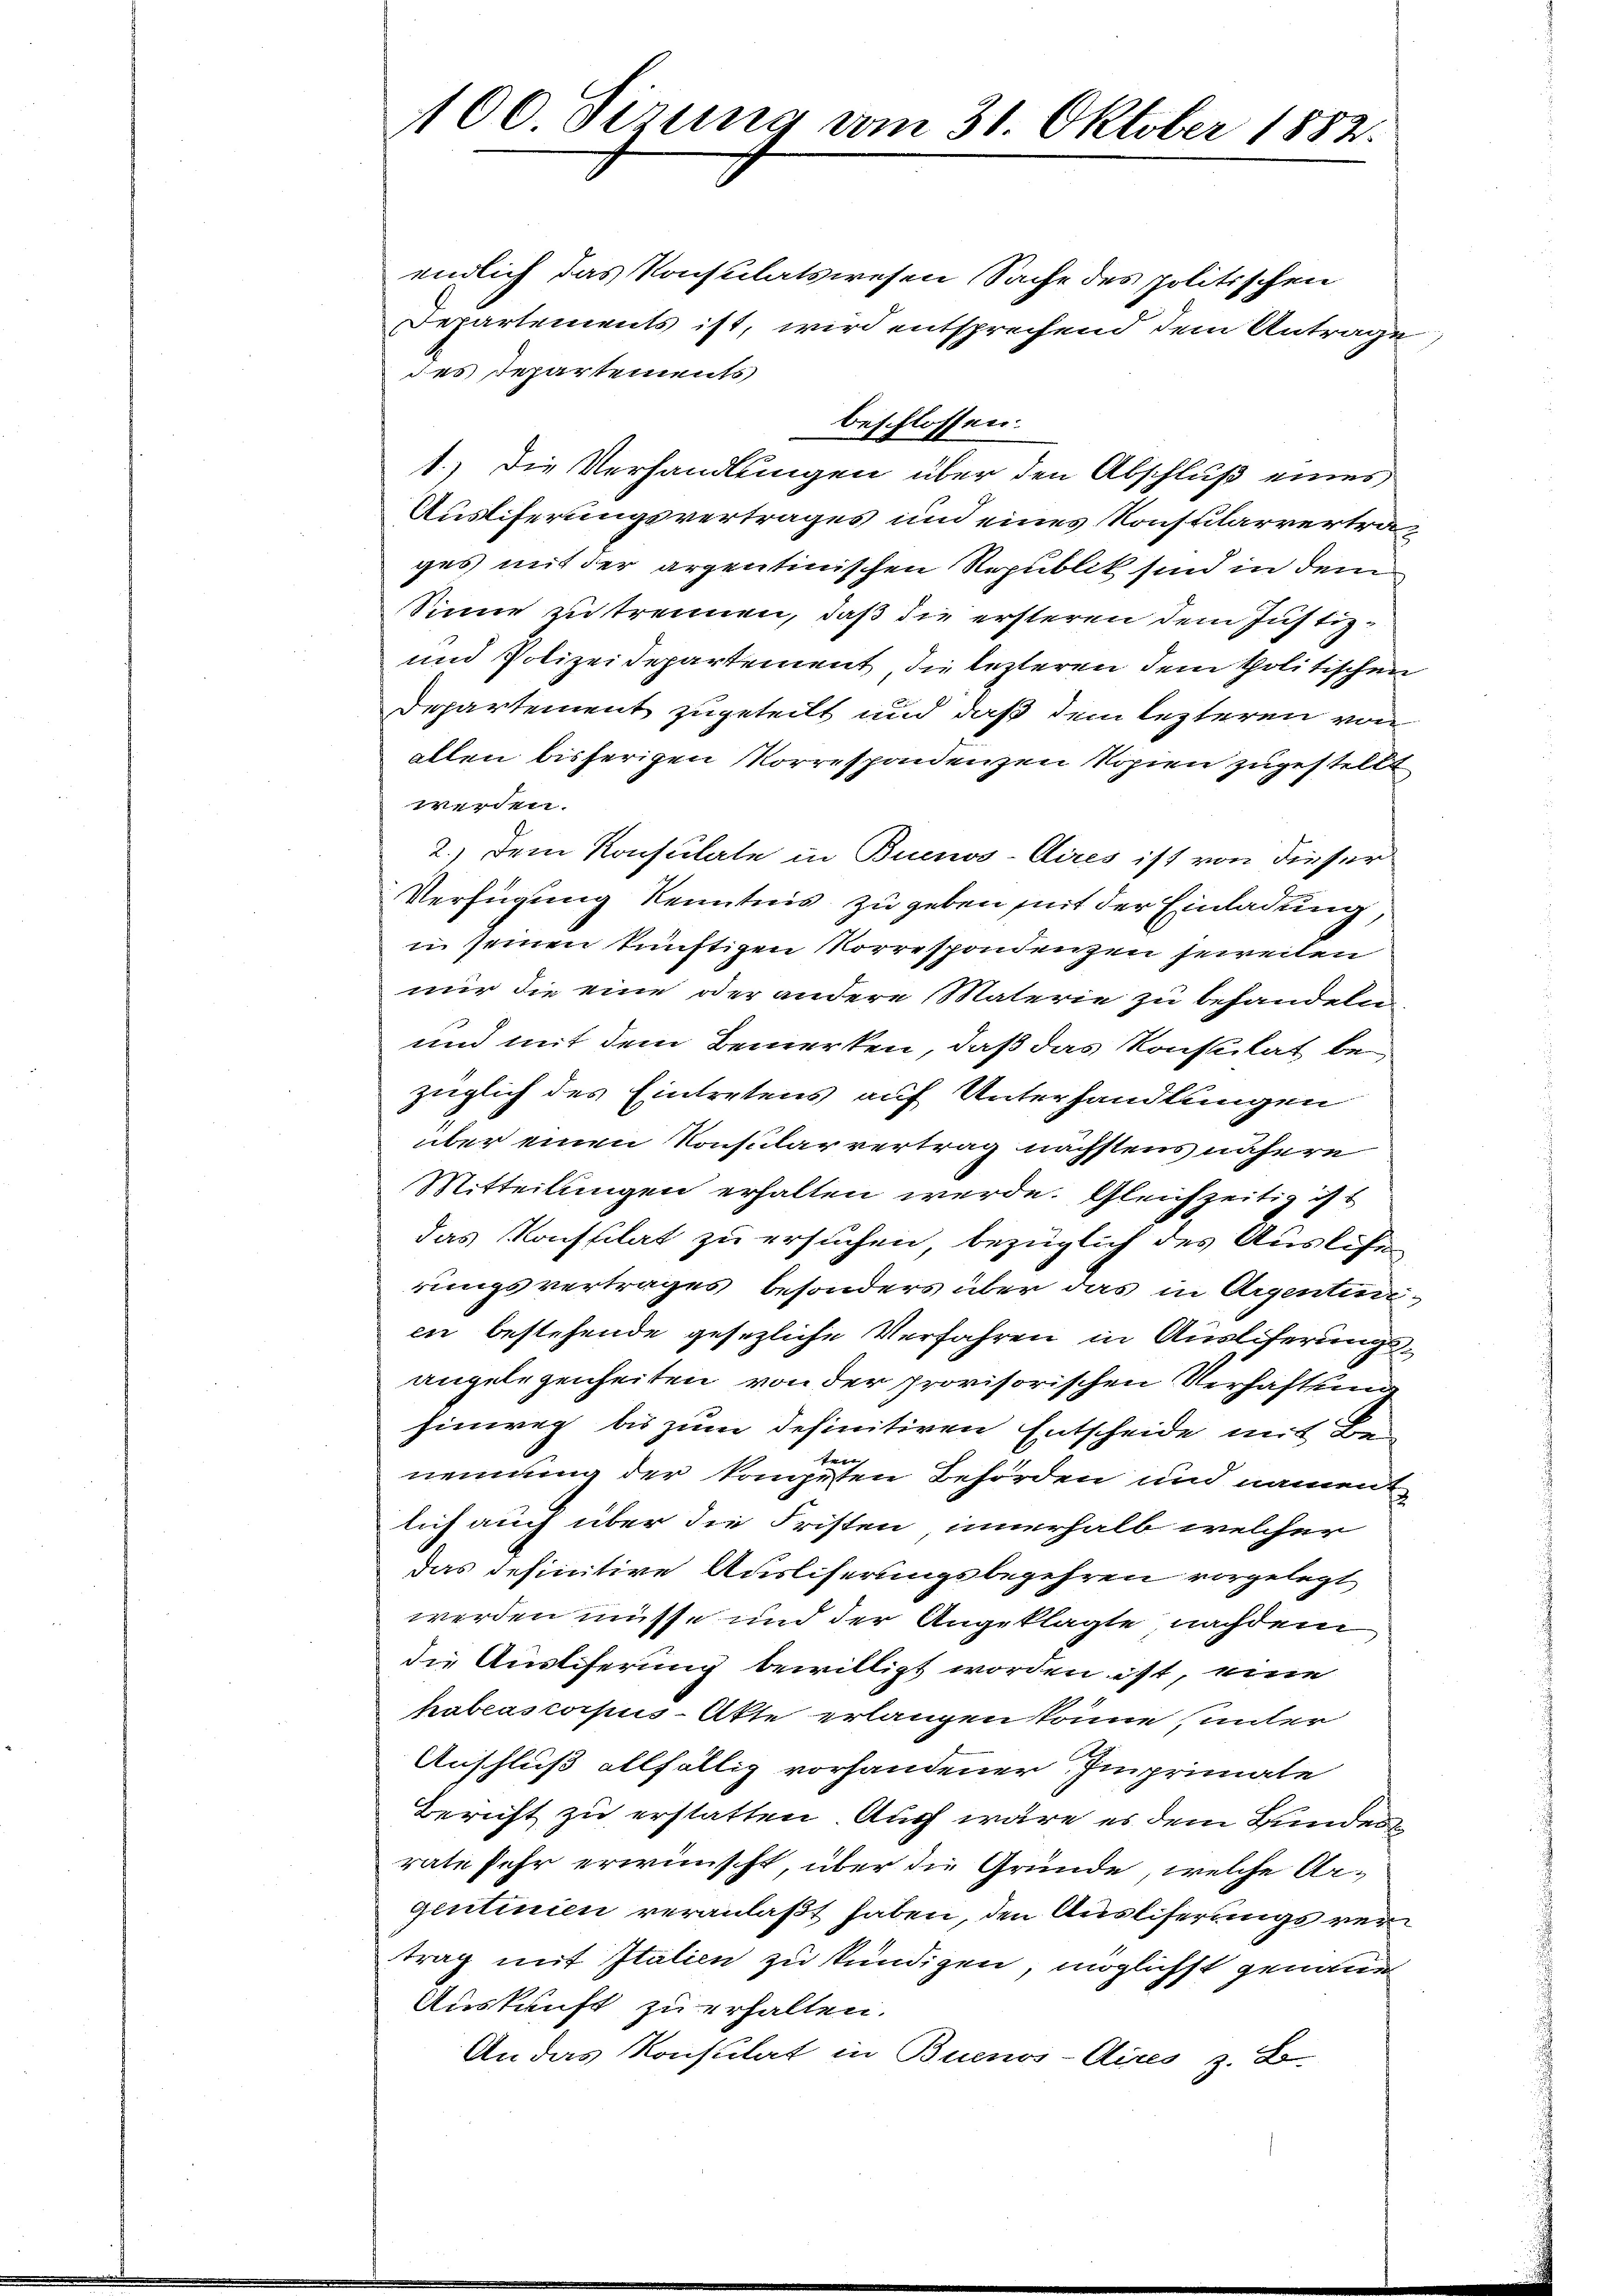
100. Sizung vom 31. Oktober 1882.

eilich das Konsulatswesen Sache des politischen
Departements ist, wird entsprechend dem Antrage
des Departements
beschlossen:
1.) Die Verhandlungen über den Abschluß eines
Ausliferungsvertrages und eines Konsularvertrages mit der argentinischen Republik sind in dem
Sinne zu trennen, daß die ersteren dem Justiz¬
und Polizeidepartement, die lezteren dem politischen
Departement zugeteilt und daß dem lezteren von
allen bisherigen Korrespondenzen Kopien zugestellt
werden.
2.) Dem Konsulate in Buenos-Aires ist von dieser
Verfügung Kenntnis zu geben mit der Einladung
i seinen künftigen Korrespondenzen jeweilen
nir die eine oder andere Materie zu behandeln
und mit dem Bemerken, daß das Konsulat bezüglich des Eintretens auf Unterhandlungen
über einen Konsularvertrag nächstens nähern
Mitteilungen erhalten werde. Gleichzeitig ist
das Konstilat zu ersuchen, bezüglich des Auslösen
rungsvertrages besonders über das in Argentini
en bestehende gesezliche Verfahren in Auslieferungsangelegenheiten von der provisorischen Verhaftung
hinweg bis zum definitiven Entscheide mit Bei
nennung der kompeten Behörden und nament
lich auch über die Fristen, innerhalb welcher
Das definitive Ausliserungsbegehren vorgelegt
werden müsse und der Angeklagte nachdem
die Auslieferung bewilligt worden ist, eine
habeascorpus-Akte erlangen könne, unter
Anschluß allfällig vorhandener Imprimate
Bericht zu erstatten. Auch wäre es dem Bundes
rate sehr erwünscht, über die Gründe, welche Argentinien veranlaßt haben, den Ausliserungs rei
trag mit Italien zu kündigen, möglichst genaue
Auskunft zu erhalten.
An das Konsulat in Buenos-Aires z. B.